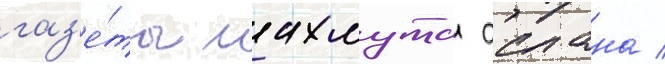
газ'е́ты махмута аслана /